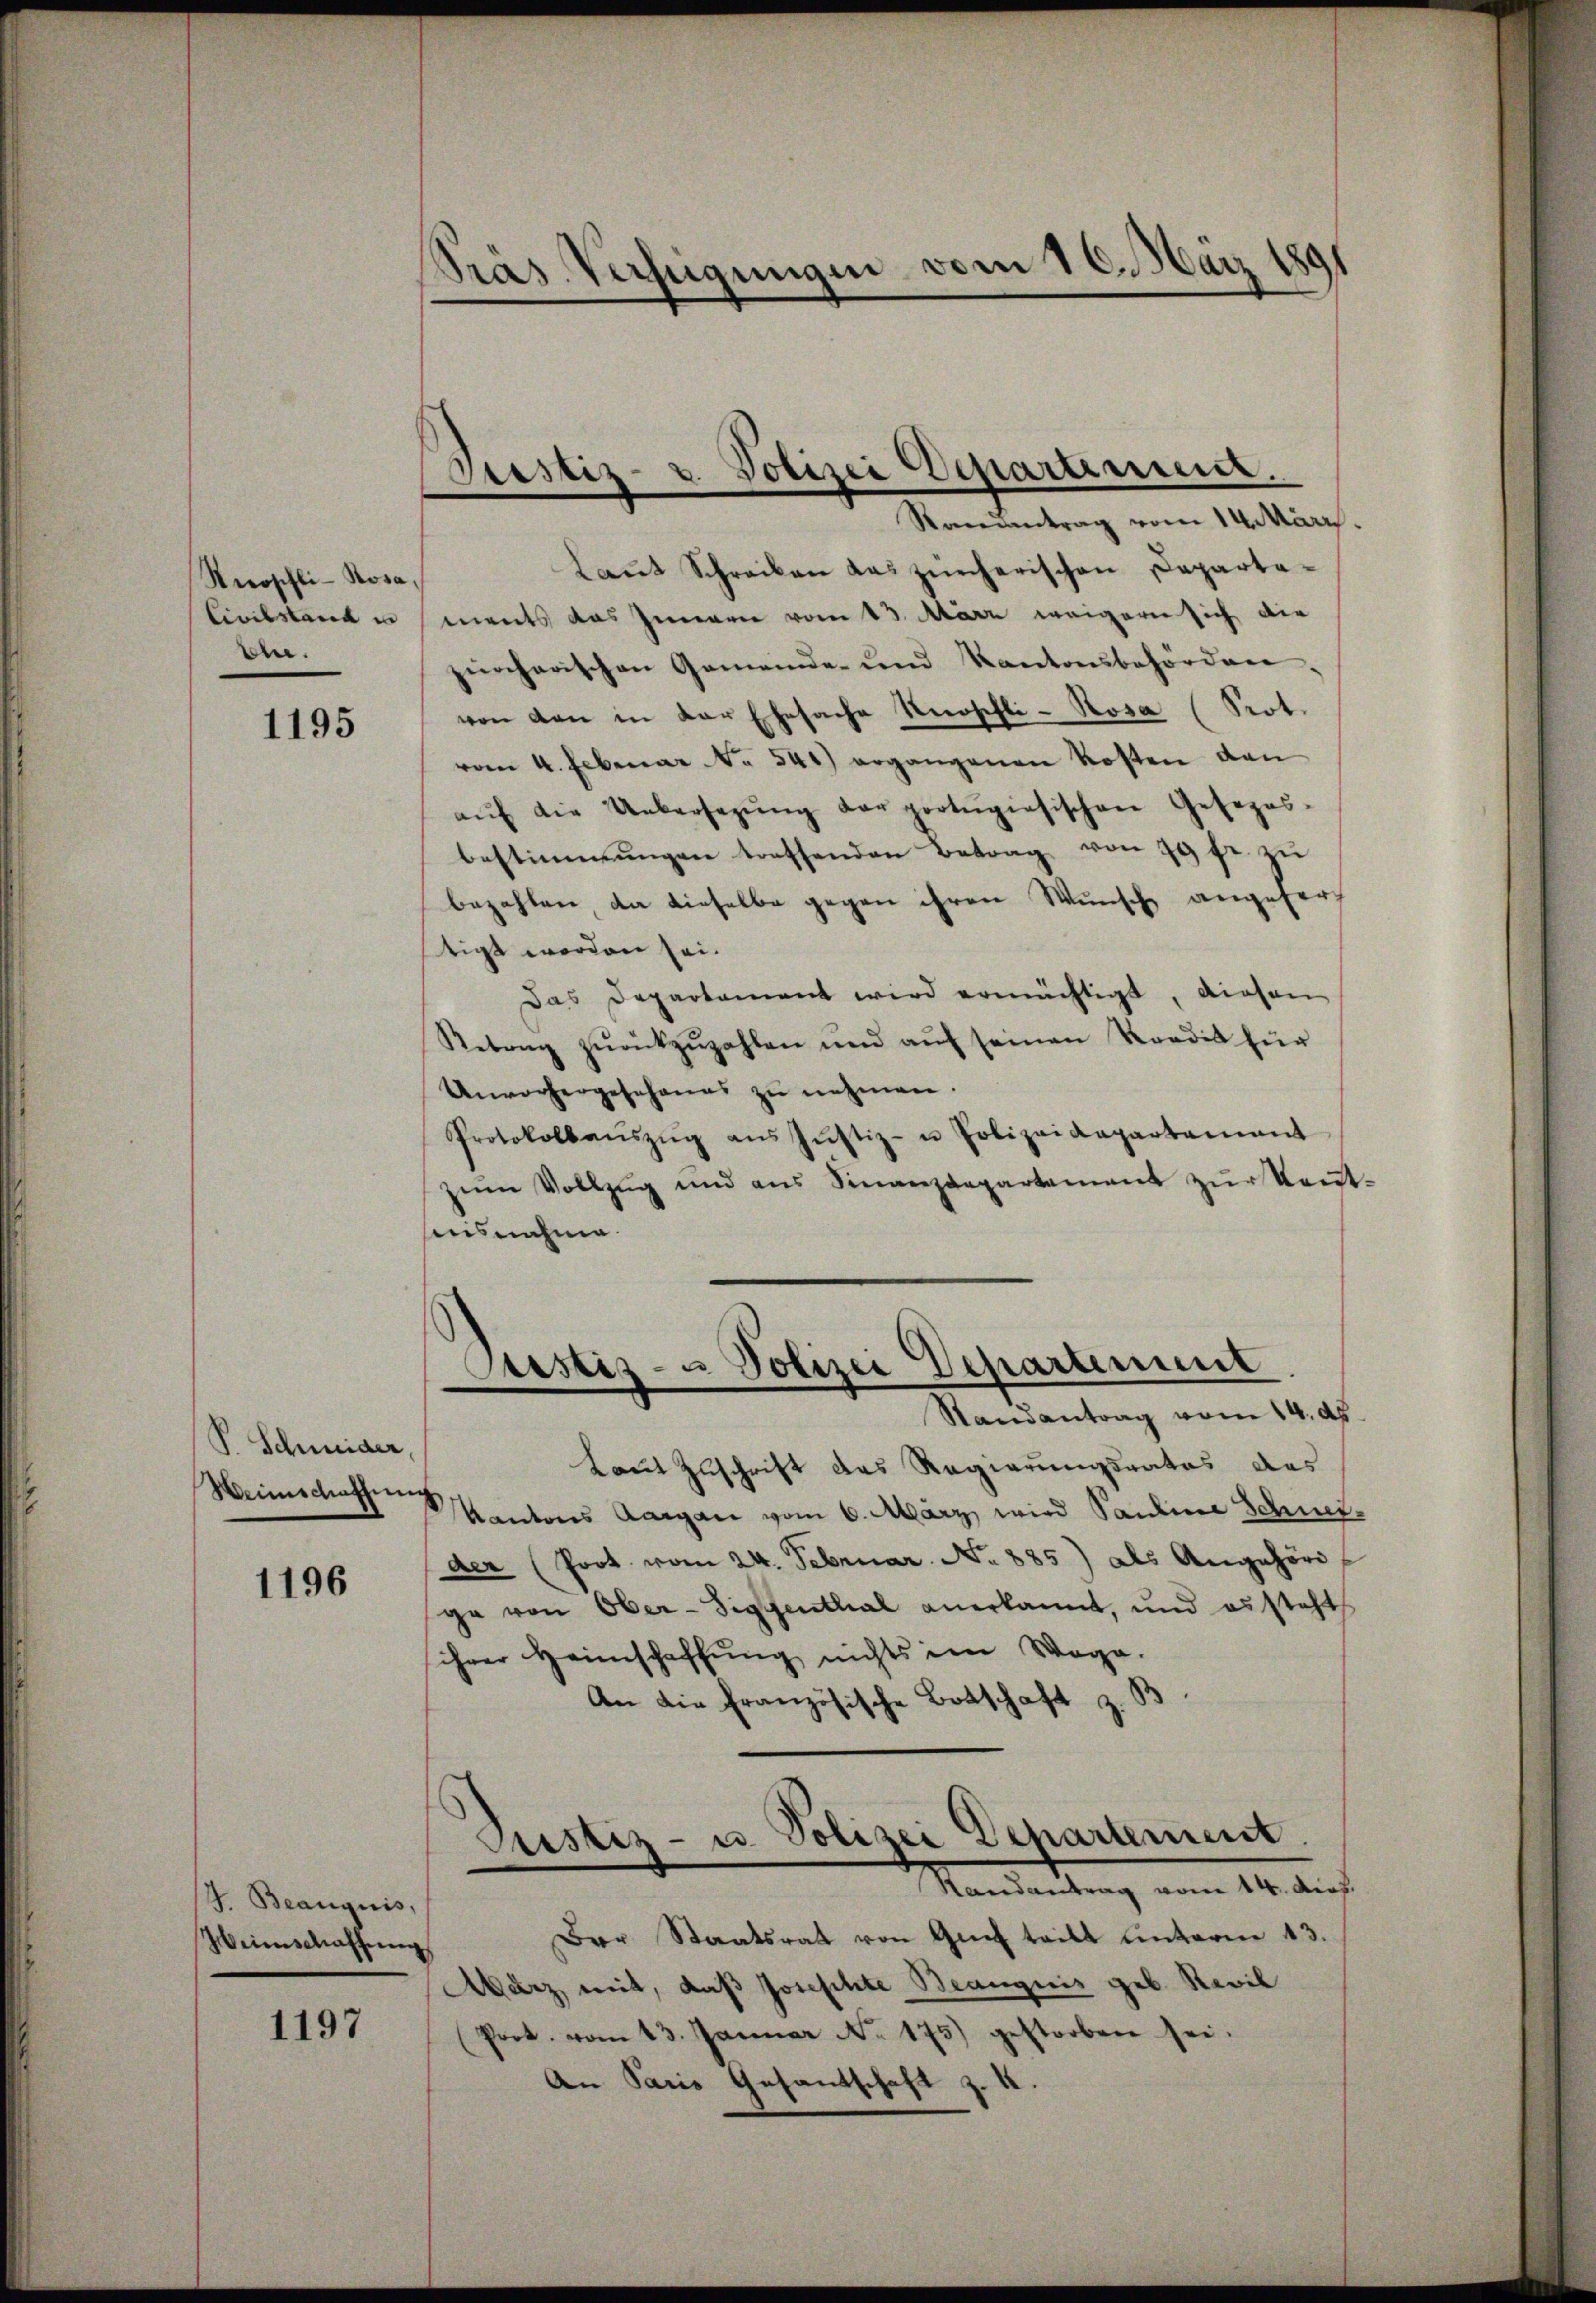
Keroschli-Posa,
Civilstand in
ble.

1195

P. Schweider,
Weinschaffung

1196

/4. Beanquis,
Weinschaffŭng

1197

Präs. Verfügungen vom 16. März 189

Laŭt Schreiben das zürcherischen Departaments das Innern vom 13. März weigern sich die
zürcherischen Gemeinde- und Kantonsbehörden.
von den in der Ehesache Knopfli - Rosa (Prot.
vom 4. Februar N. 541) ergangenen Kosten den
aŭf die Uebersezŭng der protugisischen Gesezes-
bestimmungen treffenden Betrag von 70 fr. zu
bezahlen da dieselbe gegen ihren Wunsch angefors
tigt worden sei.
Das Departament wird ermächtigt, diesen
Rebung zŭrückzuzahlen und aŭf seinen Rordit für
Unvorhergesehenes zŭ nehmen.
Protokollaŭszŭg aŭs Jŭstiz- u Polizeidepartamant
zŭm Vollzŭg und ans Finanzdepartement zŭr Keṅt-
hiisnahme

Prestiz- u. Polizei Departement.
.
Randentrag vom 14. März.

Justiz- u Polizei Departement
Randantrag vom 14. ds.

Laut Zuschrift das Regierungsrates das
Kantons Aargau vom 6. März wird Sardine Schneider (Prot. vom 24. Februar. No. 885) als Angehöre
ga von Ober-Sigffenthal anerkannt, und es steht
ihrer Heimschaffŭng nichts im Wege.
An die französische Botschaft z

Justiz- u Polizei Departement
Randantrag vom 14. dich.

Der Staatsrat von Graf teilt unterm 13.
März mit, daß Josephte Beaugnis geb. Revil
(Port. vom 13. Januar No. 175) gestorben sei.
An Paris Gesantschaft z. B.